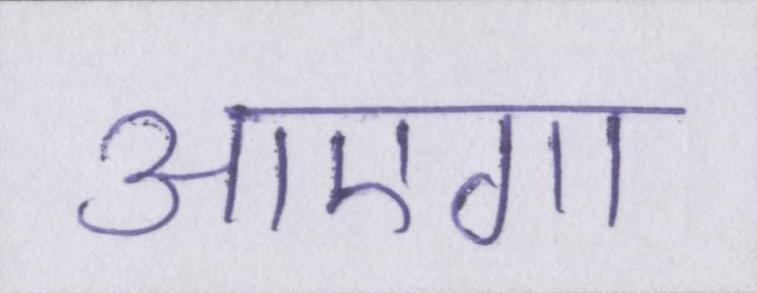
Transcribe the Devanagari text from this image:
आएगा